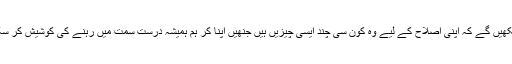
ٓآ ج ہم دیکھیں گے کہ اپنی اصلاح کے لیے وہ کون سی چند ایسی چیزیں ہیں جنھیں اپنا کر ہم ہمیشہ درست سمت میں رہنے کی کوشیش کر سکتے ہیں۔